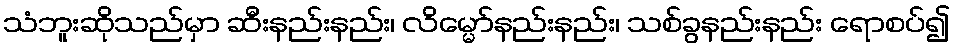
သံဘူးဆိုသည်မှာ ဆီးနည်းနည်း၊ လိမ္မော်နည်းနည်း၊ သစ်ခွနည်းနည်း ရောစပ်၍